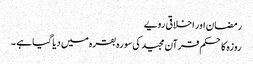
رمضان اور اخلاقی رویے
روزہ کا حکم قرآن مجید کی سورہ بقرہ میں دیا گیا ہے ۔